Leaving Certificate Examination, 1922
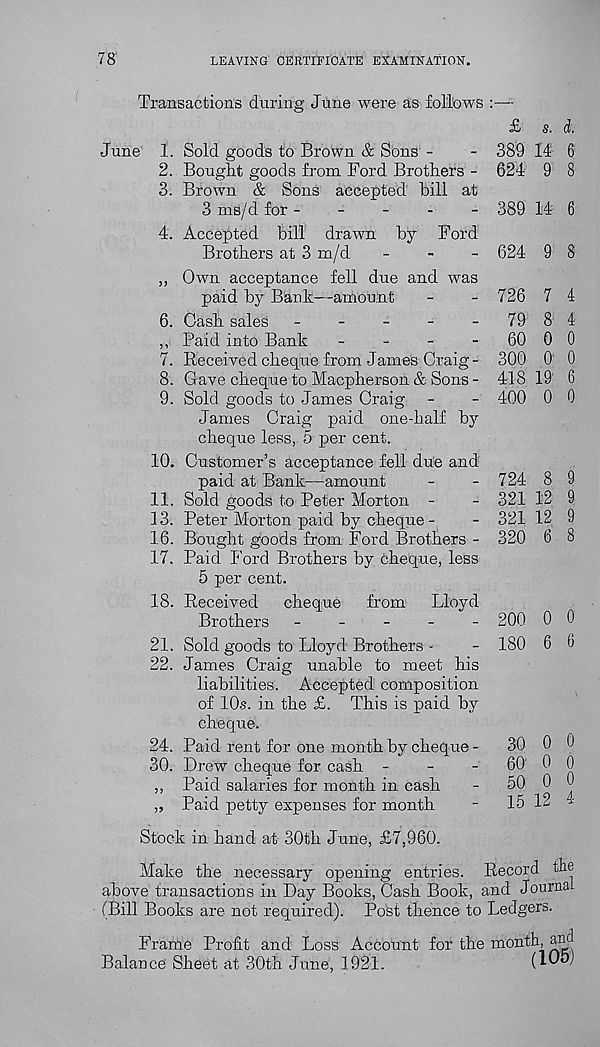
78
LEAVING CERTIFICATE EXAMINATION.
Transactions during June were as follows
June 1. Sold goods to Brown & Sons -
2. Bought goods from Ford Brothers -
3. Brown & Sons accepted bill at
3 ms/d for -
4. Accepted bill drawn by Ford
Brothers at 3 m/d
„ Own acceptance fell due and was
paid by Bank—amount
6. Cash sales
------
,, Paid into Bank
-
-
-
-
7. Received cheque from James Craig-
8. Gave cheque to Macpherson & Sons -
9. Sold goods to James Craig
Craig
£ s. d.
389 14 6
624 9 8
389 14 6
624 9 8
726 7 4
79 8 4
60 0 0
300 O’ 0
418 19 6
400 0 0
by
James Craig paid one-half
cheque less, 5 per cent.
10. Customer’s acceptance fell due and
paid at Bank—amount
11. Sold goods to Peter Morton -
13. Peter Morton paid by cheque -
16. Bought goods from Ford Brothers -
17. Paid Ford Brothers by cheque, less
5 per cent.
18. Received
cheque
from
Lloyd
Brothers
-----
21. Sold goods to Lloyd Brothers -
22. James Craig unable to meet his
liabilities. Accepted composition
of 10s. in the £. This is paid by
cheque.
24. Paid rent for one month by cheque -
30. Drew cheque for cash -
-
-
,, Paid salaries for month in cash
„ Paid petty expenses for month
Stock in hand at 30th June, £7,960.
Make the necessary opening entries. Record the
above transactions in Day Books, Cash Book, and Journai
(Bill Books are not required). Post thence to Ledgers.
Frame Profit and Loss Account for the month, and
Balance Sheet at 30th June, 1921.
(ICoj
724 8 9
321 12 9
321 12 9
320 6 8
200 0 0
180 6 6
30 0 0
60 0 0
50 0 0
15 12 4